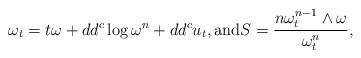
LaTeX: \begin{align*} \omega_t = t \omega + dd^c \log \omega^n +dd^c u_t, \textup{and} S = \frac{n \omega_t^{n-1} \wedge \omega}{\omega_t^n},\end{align*}